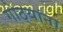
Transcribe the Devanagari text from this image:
गोठ्यांना